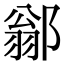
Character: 𨜺